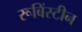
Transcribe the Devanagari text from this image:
रूबिंस्टीन